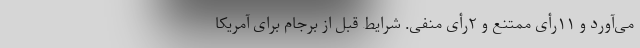
می‌آورد و ۱۱رأی ممتنع و ۲رأی منفی. شرایط قبل از برجام برای آمریکا